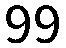
99